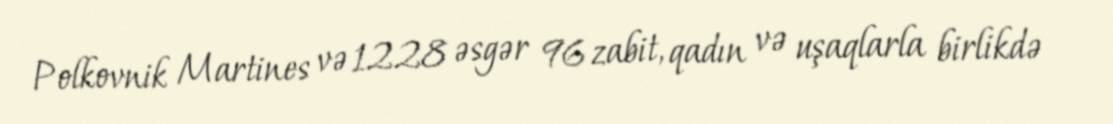
Polkovnik Martines və 1228 əsgər 96 zabit, qadın və uşaqlarla birlikdə